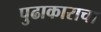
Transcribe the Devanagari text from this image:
पुढाकाराचा